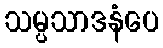
သမ္ပသာဒနံပေ